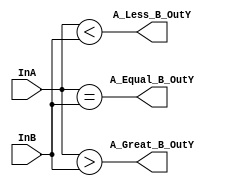
/*
 * Module: Parametrized comparator code
 * 
 * Version: 1.0
 *
 *
 * Description: A parametrized Verilod description for implementing an unsigned
 * comparator. The width has been chosen to for a 4-bit comparator. 
 */

`define WIDTH 4 

module my_4_bit_comparator (InA, InB, A_Great_B_OutY, A_Less_B_OutY, A_Equal_B_OutY);

input [`WIDTH-1:0] InA, InB;
output reg A_Great_B_OutY, A_Less_B_OutY, A_Equal_B_OutY;

always @(InA or InB)
	{A_Great_B_OutY, A_Less_B_OutY, A_Equal_B_OutY} = {(InA > InB), (InA < InB), (InA == InB)};

endmodule